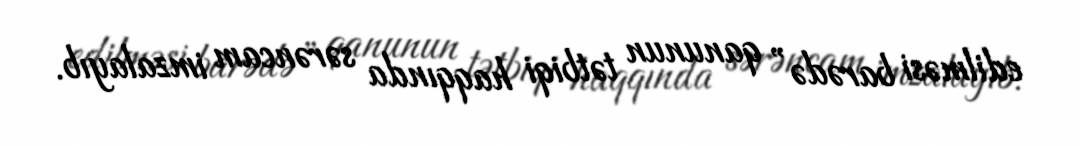
edilməsi barədə” qanunun tətbiqi haqqında sərəncam imzalayıb.